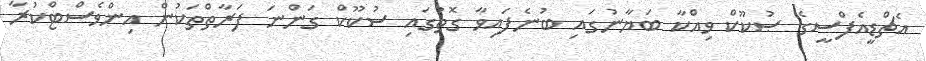
އެޗްޑީއެފްސީގެ ޞުކޫކް ވިއްކާ ބަޔާނުގައި ބުނެފައިވާ ގޮތުގައި ސުކޫކް ގަންނަ ފަރާތްތަކުން އިންވެސްޓްކުރާ